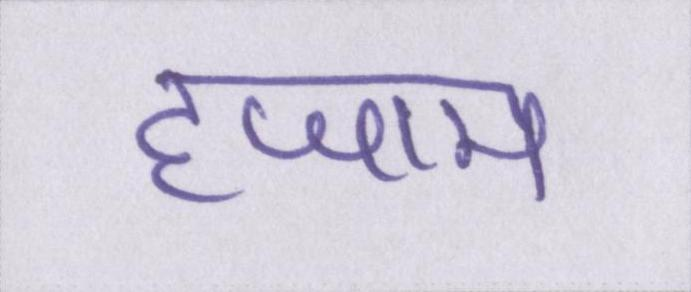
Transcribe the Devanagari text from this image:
हजाम